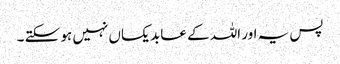
پس یہ اور اللہ کے عابد یکساں نہیں ہو سکتے ۔